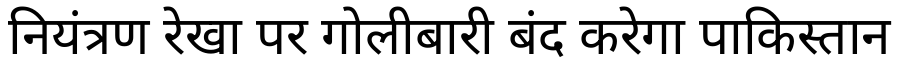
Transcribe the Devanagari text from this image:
नियंत्रण रेखा पर गोलीबारी बंद करेगा पाकिस्तान